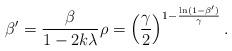
LaTeX: \begin{align*}\beta'=\frac{\beta}{1-2k \lambda} \rho=\left( \frac \gamma 2 \right) ^{1-\frac{\ln (1-\beta')}{\gamma}}.\end{align*}